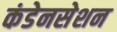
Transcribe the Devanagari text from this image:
कंडेनसेशन